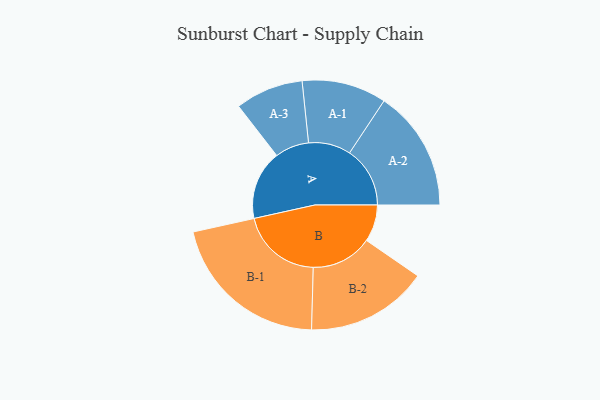
{"axis": {"x": "Segment", "y": "Value"}, "legend": ["", "A", "B"], "data": [{"x": "A", "y": 236, "type": ""}, {"x": "B", "y": 126, "type": ""}, {"x": "A-1", "y": 144, "type": "A"}, {"x": "A-2", "y": 206, "type": "A"}, {"x": "A-3", "y": 116, "type": "A"}, {"x": "B-1", "y": 277, "type": "B"}, {"x": "B-2", "y": 208, "type": "B"}]}